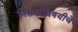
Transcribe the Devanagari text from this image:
निसर्गाविषयीचे